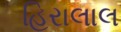
હિરાલાલ